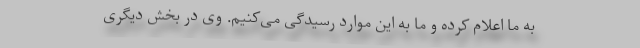
به ما اعلام کرده و ما به این موارد رسیدگی می‌کنیم. وی در بخش دیگری